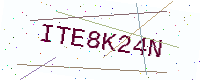
Text: ITE8K24N